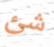
شئ